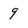
Character: 9